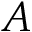
A